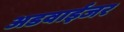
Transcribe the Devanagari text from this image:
अडवाईजर